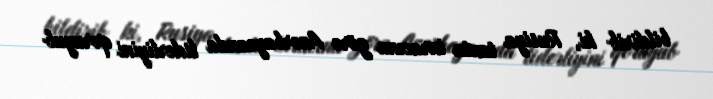
bildirib ki, Rusiya taxta ixracına görə Azərbaycanda liderliyini qoruyub